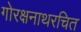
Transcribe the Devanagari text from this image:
गोरक्षनाथरचित